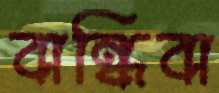
বান্ধিবা